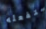
ستفعله